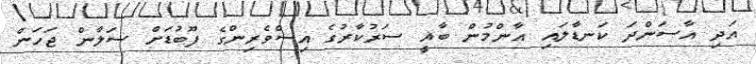
އަދި އާސަންދަ ކަނޑާލައި އާންމުން ބާޣީ ސަރުކާރުގެ އިސްވެރިންގެ ފޫބުޑަށް ސަލާން ޖަހަން